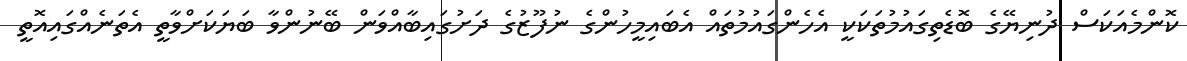
ކޮންމެއަކަސް ދުނިޔޭގެ ބޮޑެތިގައުމުތަކަކީ އެހެންގައުމުތައް އެބައިމީހުންގެ ނުފޫޒުގެ ދަށުގައިބާއްވަން ބޭނުންވާ ބަޔަކަށްވާތީ އެތަނެއްގައިއޮތީ